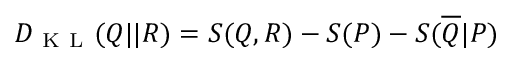
D _ { \mathrm { ~ K ~ L ~ } } ( Q | | R ) = S ( Q , R ) - S ( P ) - S ( \overline { { Q } } | P )